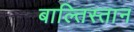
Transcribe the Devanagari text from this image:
बाल्तिस्तान